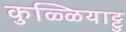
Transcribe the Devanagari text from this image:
कुळ्ळियाट्टु